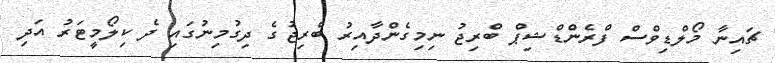
ޗައިނާ މޯލްޑިވްސް ފްރެންޑްޝިޕް ބްރިޖު ނިމިގެންދާއިރު ބްރިޖުގެ ދިގުމިނުގައި ދެ ކިލޯމީޓަރު އަދި